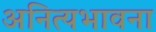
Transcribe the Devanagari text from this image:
अनित्यभावना